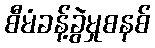
စီမံခန့်ခွဲမှုစနစ်